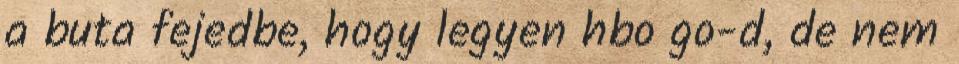
a buta fejedbe, hogy legyen hbo go-d, de nem